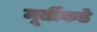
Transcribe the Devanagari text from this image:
मूर्तीकडे